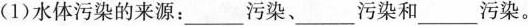
(1)水体污染的来源：___污染、___污染和___污染。